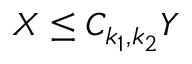
X \le C _ { k _ { 1 } , k _ { 2 } } Y